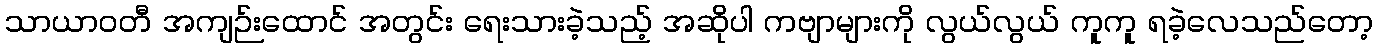
သာယာဝတီ အကျဉ်းထောင် အတွင်း ရေးသားခဲ့သည့် အဆိုပါ ကဗျာများကို လွယ်လွယ် ကူကူ ရခဲ့လေသည်တော့